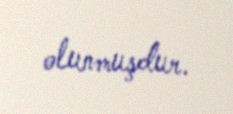
olunmuşdur.